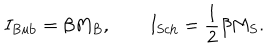
I _ { \mathrm { B u b } } = \beta M _ { B } , \qquad I _ { \mathrm { S c h } } = { \frac { 1 } { 2 } } \beta M _ { S } .